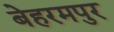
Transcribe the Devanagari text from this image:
बेहरमपुर